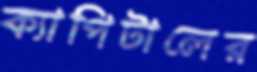
ক্যাপিটালের